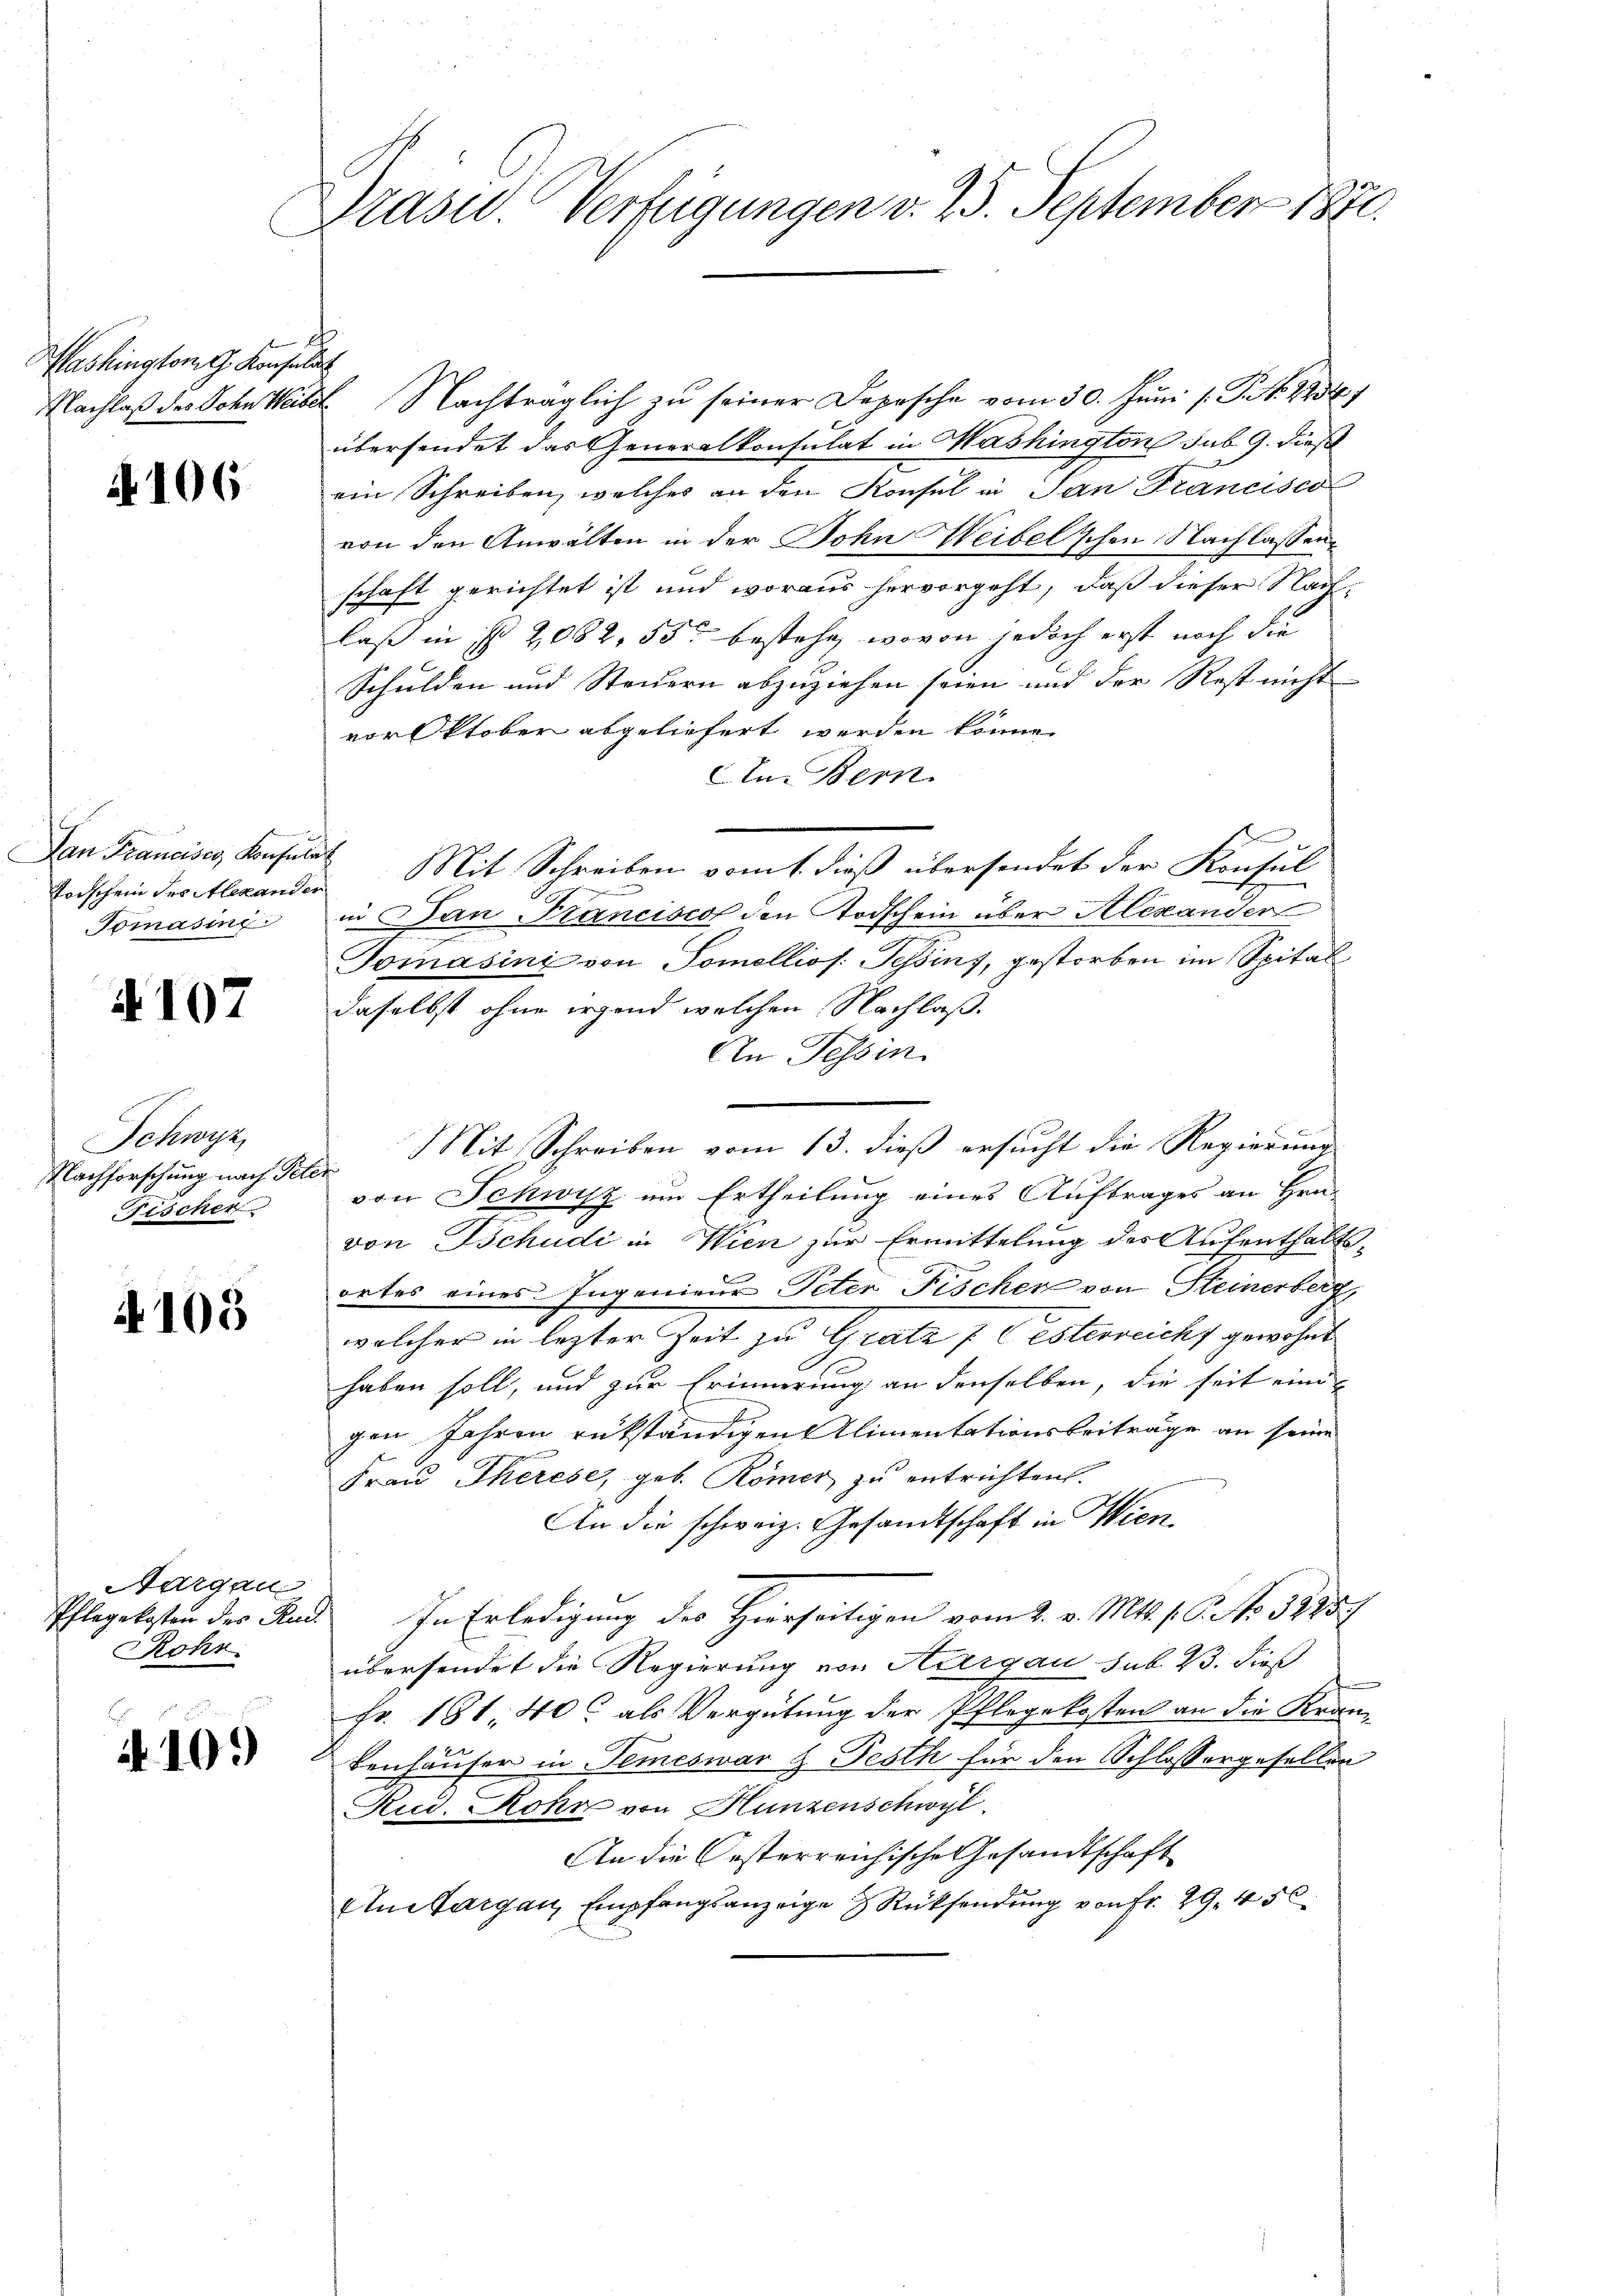
ashington G. Konsul

1106

Vorschein des Alexander
Tomasing

107

Schwyz,
Nachforschung nach Tetr
Fischer

4105

Aargau
Rohr.

410.

Präsid. Verfügungen v. 23. September 1890.

h
Nachlaβ des John Weibel Nachträglich zu seiner Depesche vom 30. Juni l. J. No. 22387
übersendet das Generalkonsulat in Washington sub. 9. dieß
ein Schreiben, welches an den Konsul in San Francisco
von den Anwälten in der Sohn Weibel’schen Nachlassen
schaft gerichtet ist und woraus hervorgeht, daß dieser Nachlaß in § 2082, 55 bestehe, wovon jedoch erst noch die
Schulden und Steuern abzuziehen seien und der Rest nicht
vor Oktober abgeliefert werden könne.
In Bern.
Dan Franciser, Konsula Mit Schreiben vom 1. dieß übersendet der Konsul
n
in Jan Francisco den Todschein über Alexander
Tomásine von Tomellios. Tessins, gestorben im Spital
daselbst ohne irgend welchen Nachlaß.
An Tessin.
Mit Schreiben vom 13. dieß ersucht die Regierung
u
von Schwyz um Ertheilung eines Auftrages an Hrn.
von Tschudi in Wien zur Ermittelung des Aufenthalts-
ortes eines Ingenieur Peter Fischen von Steinerberg,
welcher in lezter Zeit zu Gratz festerreicht gewohnt
haben soll, und zur Erinnerung an denselben, die seit eini-
gen Jahren rükständigen Alimentationsbeiträge an seine
Frau Therese, geb. Römer zu entrichten.
An die schweiz. Gesandtschaft in Wien.
Pflegekosten des Rud. In Erledigung des Hierseitigen vom 2. v. Mts. s. S. No 5228.
übersendet die Regierung von Aargau sub. 23. dieß
Fr. 181, 40 als Vergütung der Pflegekosten an die Kran¬
Benhäuser in Temeswar & Festh für den Schlossergesellen
Ried. Rohr von Hunzenschwyl
An die Orsterreichische Gesandtschaft
An Margau, Empfangsanzeige Rücksendung von Fr. 29. 456